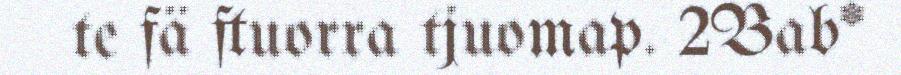
te fä ftuorra tjuomap. 2Bab*